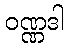
ဝဏ္ဏဒါ